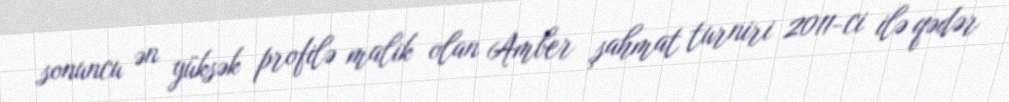
sonuncu ən yüksək profilə malik olan Amber şahmat turniri 2011-ci ilə qədər